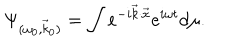
LaTeX: \Psi _ { ( \omega _ { 0 } , \vec { k } _ { 0 } ) } = \int e ^ { - i \vec { k } { \cdot } \vec { x } } e ^ { i \omega t } d \mu .